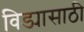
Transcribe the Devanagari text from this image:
विड्यासाठी